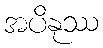
အပိနုဿ